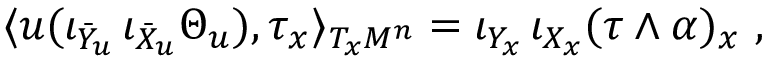
\langle u ( \iota _ { \bar { Y } _ { u } } \, \iota _ { \bar { X } _ { u } } \Theta _ { u } ) , \tau _ { x } \rangle _ { T _ { x } M ^ { n } } = \iota _ { Y _ { x } } \, \iota _ { X _ { x } } ( \tau \wedge \alpha ) _ { x } \ ,